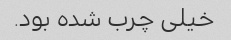
خیلی چرب شده بود.